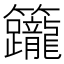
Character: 𥸙